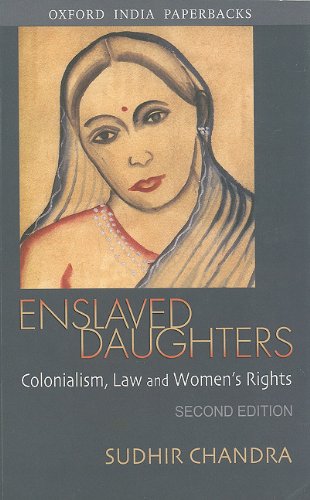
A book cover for Enslaved Daughters: Colonialism, Law and Women's Rights (Oxford India Paperbacks); Sudhir Chandra; Law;